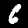
Label: 6